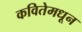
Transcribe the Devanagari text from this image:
कवितेमधून